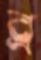
ব্র